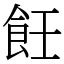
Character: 飪